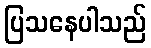
ပြသနေပါသည်